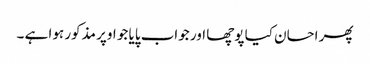
پھر احسان کیا پوچھا اور جواب پایا جو اوپر مذکور ہوا ہے ۔